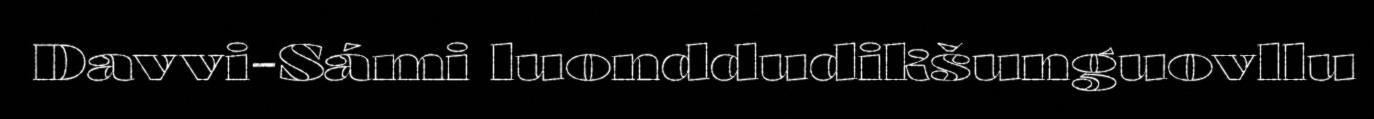
Davvi-Sámi luonddudikšunguovllu